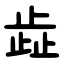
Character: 歮